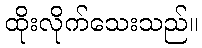
ထိုးလိုက်သေးသည်။